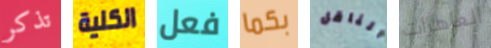
تذكر الكلية فعل بكما الناقل العاهرات